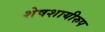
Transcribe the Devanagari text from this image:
शेषशायीरुप